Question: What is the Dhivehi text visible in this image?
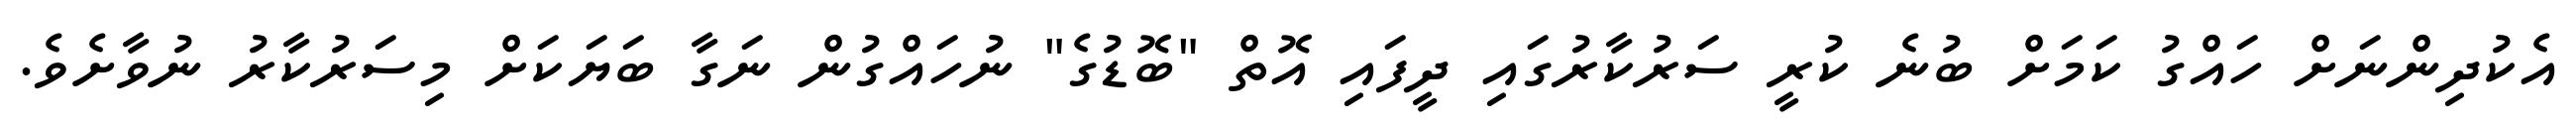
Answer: އެކުދިންނަށް ހައްގު ކަމަށް ބުނެ ކުރީ ސަރުކާރުގައި ދީފައި އޮތް "ބޮޑުގެ" ނުހައްގުން ނަގާ ބަޔަކަށް މިސަރުކާރު ނުވާށެވެ.